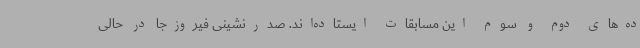
ده‌های دوم و سوم این مسابقات ایستاده‌اند. صدرنشینی فیروزجا در حالی